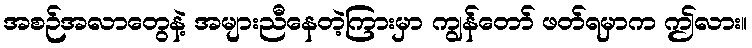
အစဉ်အလာတွေနဲ့ အများညီနေတဲ့ကြားမှာ ကျွန်တော် ဖတ်ရမှာက ဤလား။